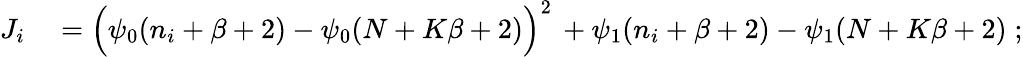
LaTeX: \begin{array}{rl}{J_{i}}&{{}=\Big(\psi_{0}(n_{i}+\beta+2)-\psi_{0}(N+K\beta+2)\Big)^{2}\, +\psi_{1}(n_{i}+\beta+2)-\psi_{1}(N+K\beta+2)\; ;}\end{array}